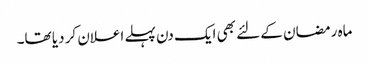
ماہ رمضان کے لئے بھی ایک دن پہلے اعلان کر دیا تھا۔